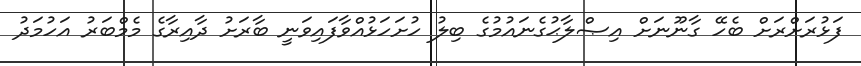
ފަޅުރަށްރަށް ބެހޭ ގާނޫނަށް އިޞްލާޙުގެނައުމުގެ ބިލު ހުށަހަޅުއްވާފައިވަނީ ބާރަށު ދާއިރާގެ މެމްބަރު އަހުމަދު